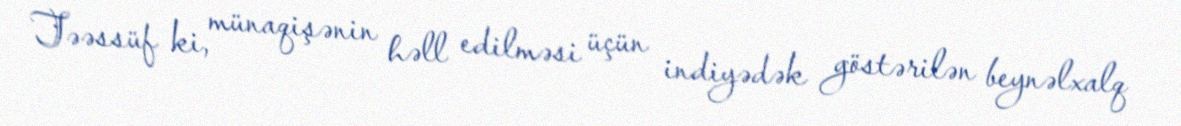
Təəssüf ki, münaqişənin həll edilməsi üçün indiyədək göstərilən beynəlxalq